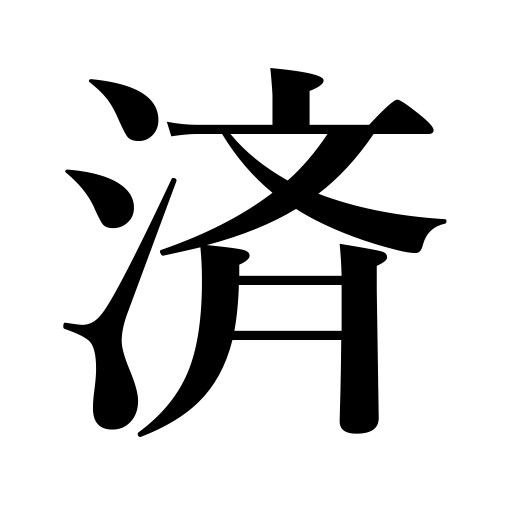
Meanings: do without,avoid,end,make do,finish up,be excusable,need not,settle one's account